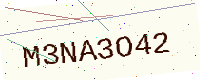
Text: M3NA3O42